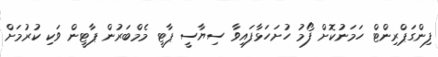
ފިންގަޕްރިންޓް ހަމަނުކޮށް ފޯމު ހުށަހަޅާފައިވާ ސިޔާސީ ޕާޓީ މެމްބަރުން ޕާޓީން ވަކި ކުރުމަށް